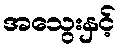
အသွေးနှင့်